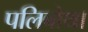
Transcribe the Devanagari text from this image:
पलिबोथा